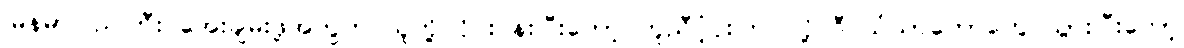
မြန်မာပြည်ကြီး အေးချမ်းဖို့အတွက် သူတို့ ဝိုင်းဝန်းပြီးတော့ ကူညီပံ့ပိုးကြပါလို့ ဒီ သံဃာတော်တွေ သွားပြီးတော့